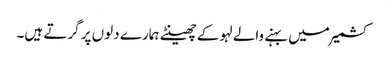
کشمیر میں بہنے والے لہو کے چھینٹے ہمارے دلوں پر گرتے ہیں۔